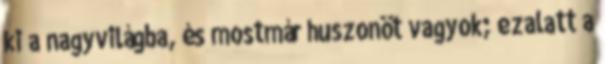
ki a nagyvilágba, és mostmár huszonöt vagyok; ezalatt a